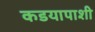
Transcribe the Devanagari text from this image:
कडयापाशी